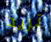
تريد